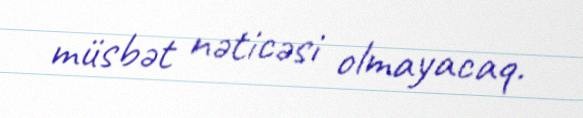
müsbət nəticəsi olmayacaq.